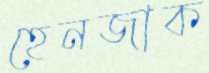
হেনজাক